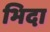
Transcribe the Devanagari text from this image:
भिदा